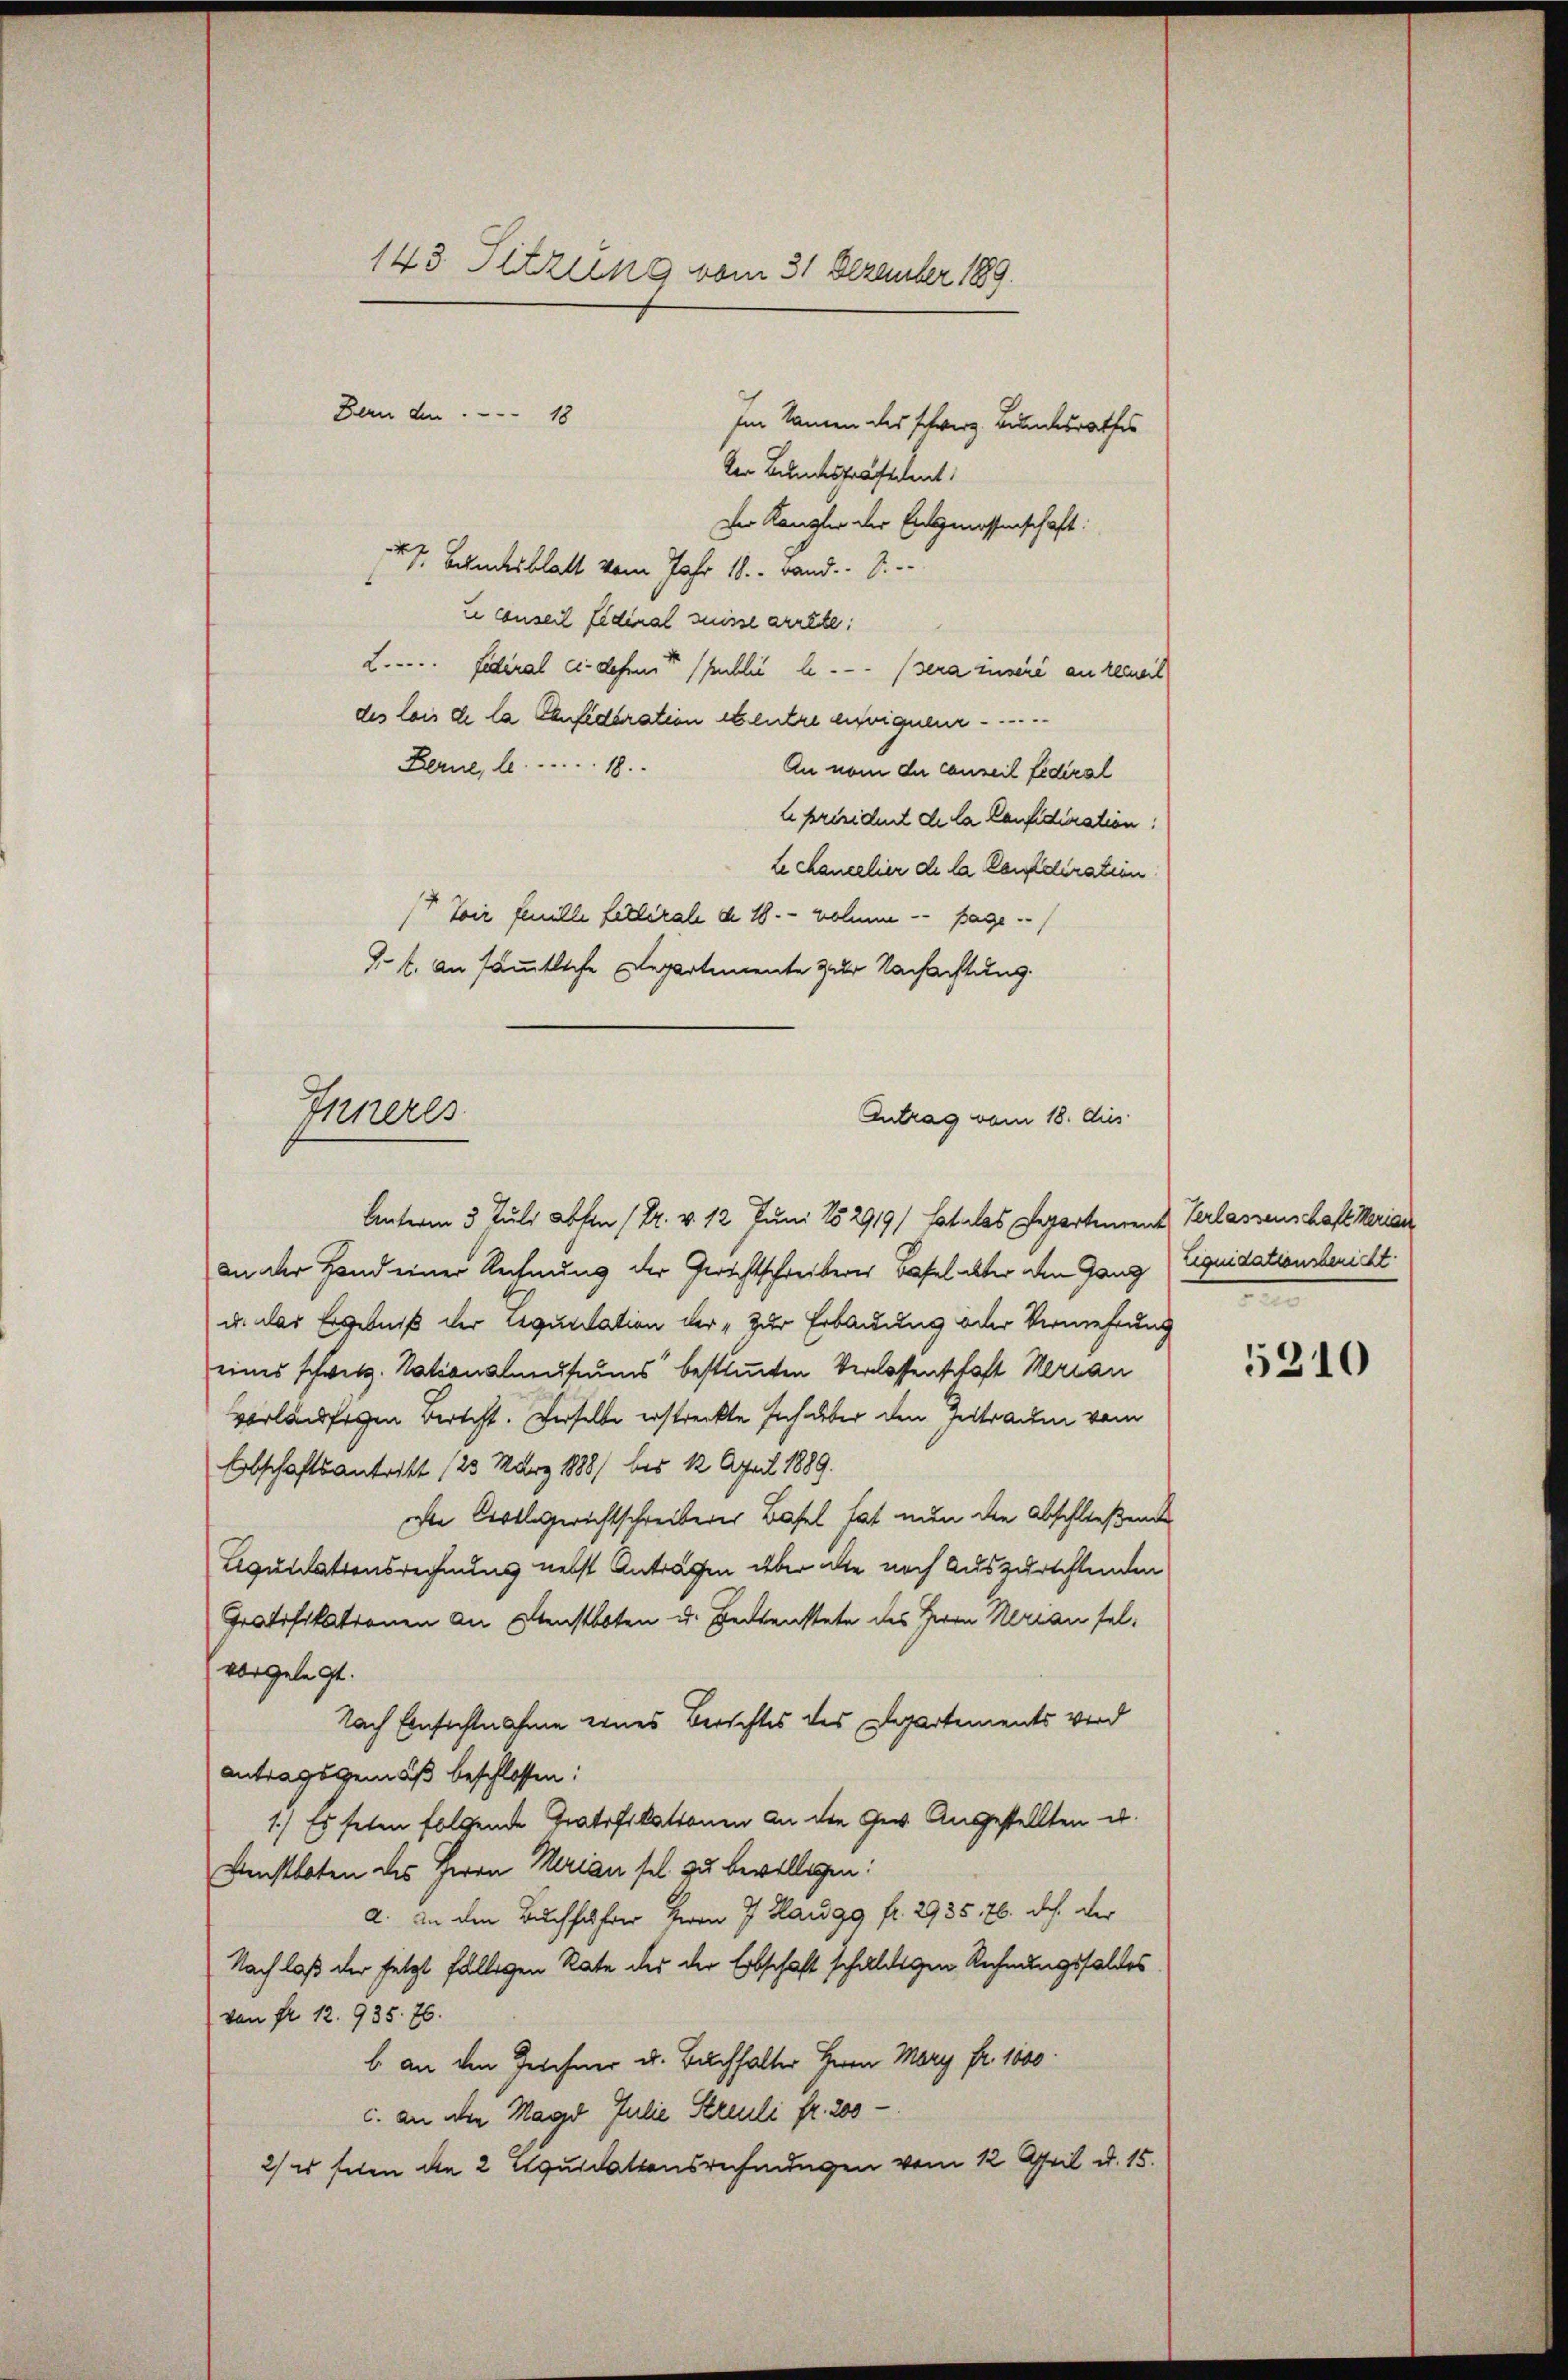
143. Sitzung vom 31. Dezember 189
Bern den 18
Im Namen des schwerz. Bundesrathes

Der Bundestrafendent:
Der Kanzler der Entgenossenschaft:
  Bandesblatt vom Jahr 18. - Band. S.
z conseil Eideal suisse arrête:
L. Fidéral ci-desent publié le sera insere an keinert
des lois de la Confideration et entre envigneur
Berne, . . . . . . . 18
An vom die conseil fediral
l président de la Confidication!
Le chancelier de la Confeiration
17 Toir feuille fallerale de 18. - wohne - sage
J. t. An sämmtliche Departemente zur Nachachtung.

Inneres
Antrag vom 18. dies

Unterm 3. Juli abhin (Pr. v. 12 Juni 182919/ Catales Repartement Verlassenschaft Maria
an der Hand einer Rechnung der Gerichtschreiberer Basel alter den Gang (Liquidationsbericht.
u. das Ergebniß der Requitation der „Zur Erbauung oder Vermehrung
eines schweiz. Nationsleuseums bestimmten Verlassenschaft Merian
vorläufigen Berecht. Derselbe erstreckte sich über den Zeitrauen vom
Obschaftsantritt (23 März 18881 bis 12 April 1889.
ven Collegerichtschreiberer Basel hat nun die Abschließende
Lequutationsrechnung nebst Anträgen aber alle noch auszurichtenden
Gratifikationen an Dienstboten u. Bedenstete des Herrn Neurau selvorgelegt.
Nach Einsichtnahme eines Berichtes des Departements wird
antragsgemäß beschlossen:
1.) Es seten folgende Gratifikationen an die Gew. Angestellten u.
Dienstboten des Herrn Marian sel zu bewilligen:
a. In den Buchführer Herrn J. Haugg fr. 2935. 76. dch der
Nachlaß der setzt fälligen Rate des der Erbschaft schuldigen Rechnungsfalles
von fr. 12. 935. 76.
b. an den Zeichner u. Buchhalter Herrn Mary fr. 1000.
c. an die Magd Julie Streuli fr. 200 -
2/ u sehen die 2 Liquidationsrechnungen vom 12. April d. 15.

e

5210